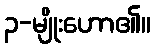
၃-မျိုးဟော၏။